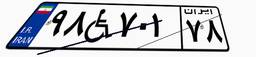
۹۸W۷۰۱۷۸